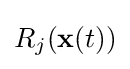
R_{j}(\mathbf {x} (t))